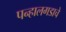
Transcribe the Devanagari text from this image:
पन्हालगडाचे